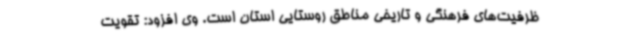
ظرفیت‌های فرهنگی و تاریخی مناطق روستایی استان است. وی افزود: تقویت